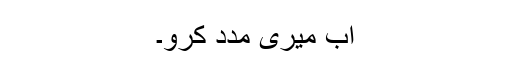
اب میری مدد کرو۔